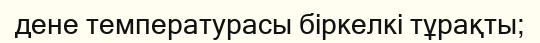
дене температурасы біркелкі тұрақты;